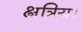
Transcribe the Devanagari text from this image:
क्षत्रिय।